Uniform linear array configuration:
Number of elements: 64
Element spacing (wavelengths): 0.75
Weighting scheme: hann
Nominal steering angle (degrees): -15
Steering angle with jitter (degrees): -13.065
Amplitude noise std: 0.05
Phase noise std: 0.05

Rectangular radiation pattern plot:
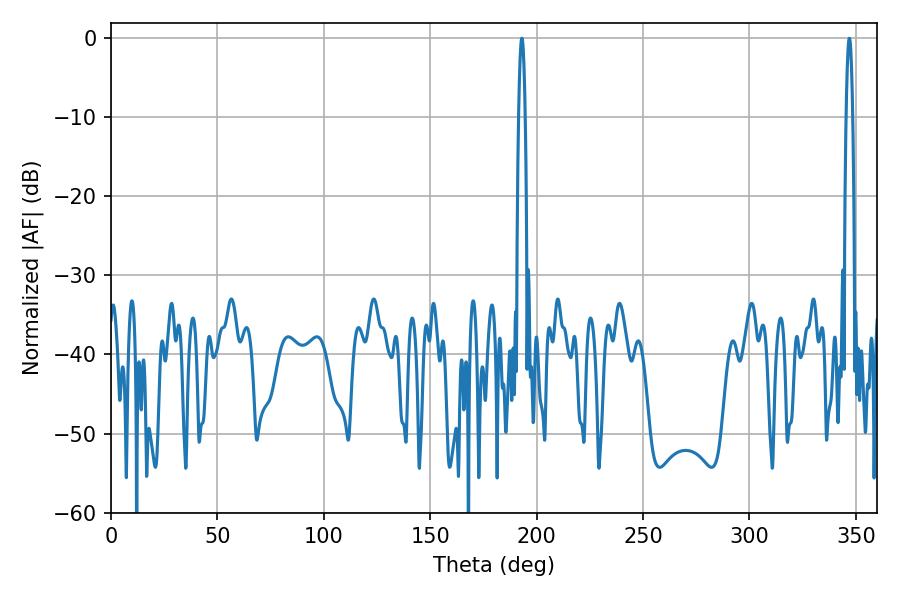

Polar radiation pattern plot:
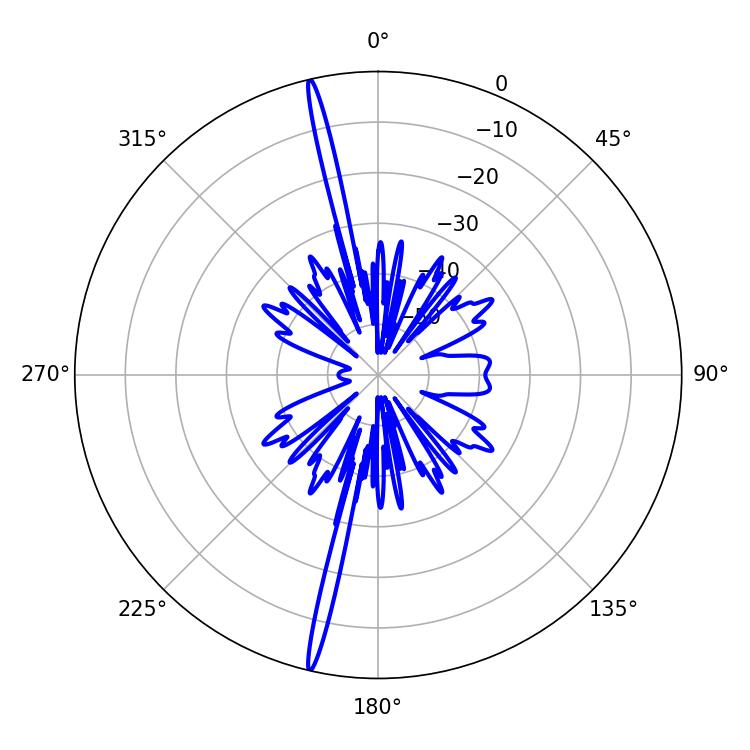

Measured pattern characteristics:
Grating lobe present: TRUE
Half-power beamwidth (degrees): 1.62
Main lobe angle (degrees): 193.14